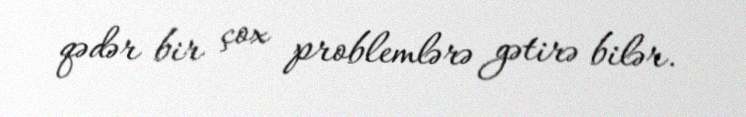
qədər bir çox problemlərə gətirə bilər.